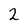
Character: 2